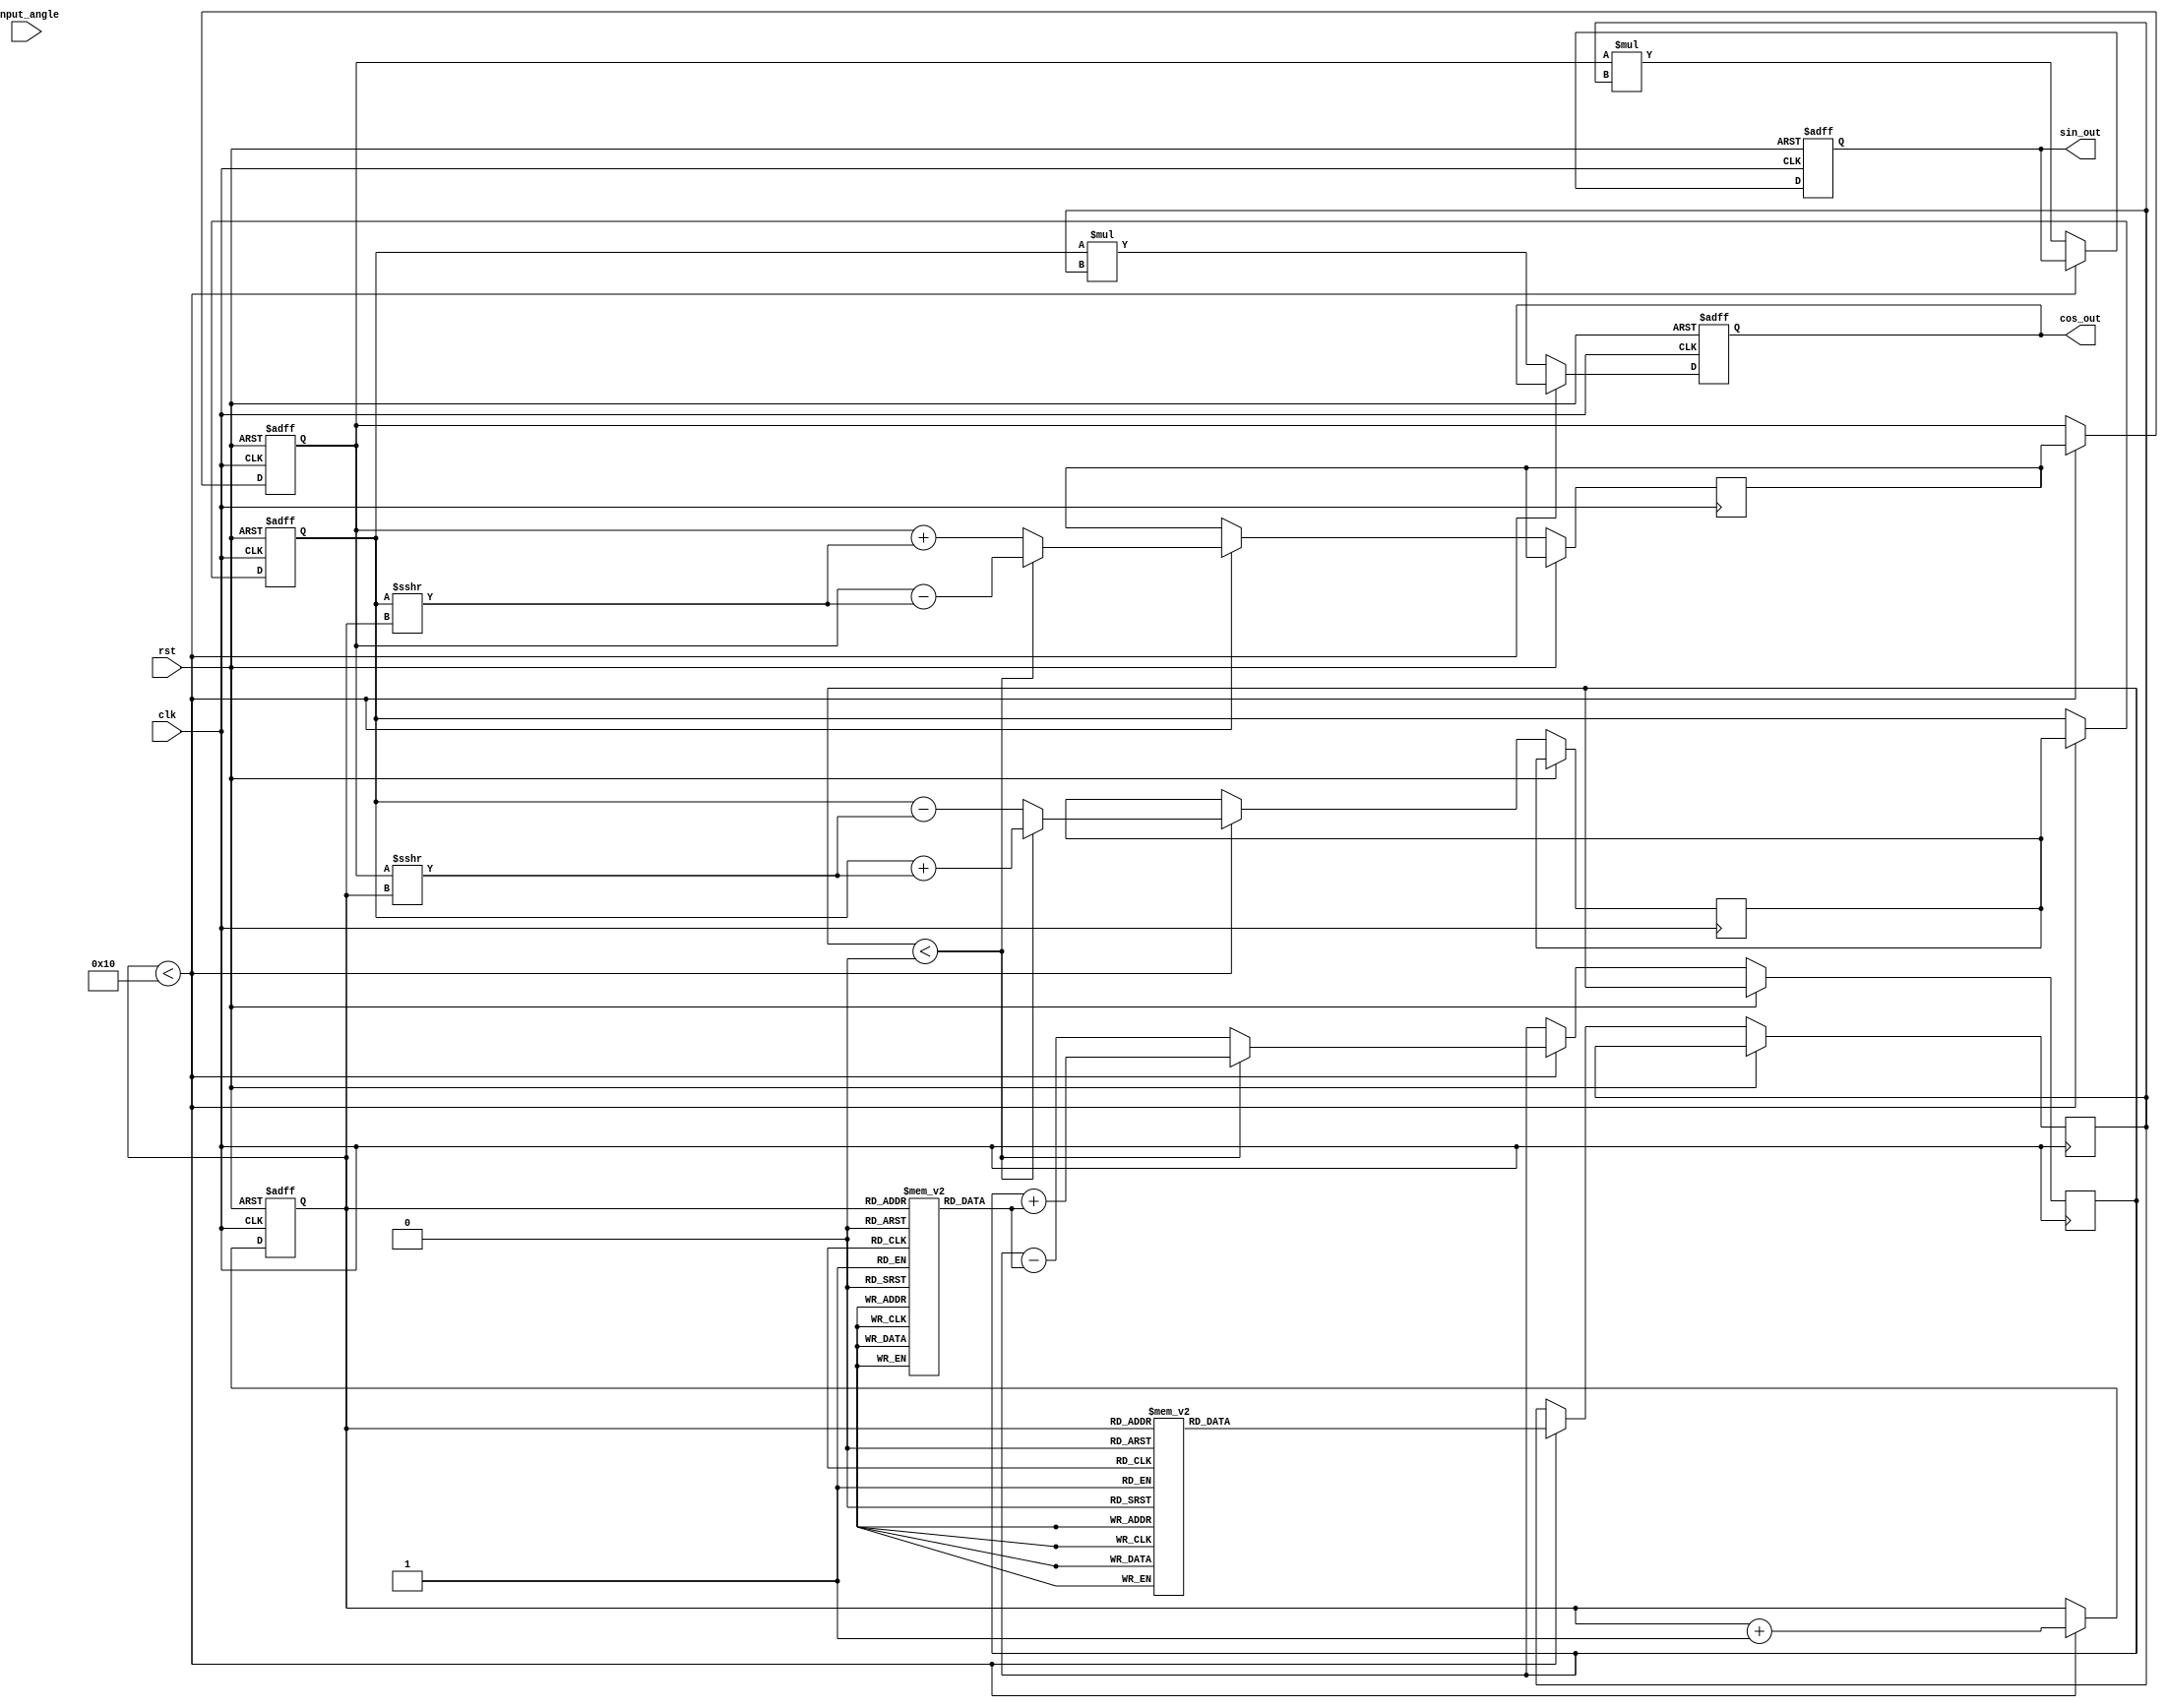
module CORDIC(
    input wire clk,
    input wire rst,
    input wire signed [15:0] input_angle,  // Input angle in fixed-point (Q1.15)
    output reg signed [15:0] cos_out,      // Cosine output
    output reg signed [15:0] sin_out       // Sine output
);

parameter NUM_ITERATIONS = 16;            // Number of iterations
parameter FIXED_POINT_FRACTIONAL_BITS = 15;

reg signed [15:0] x;                       // X coordinate
reg signed [15:0] y;                       // Y coordinate
reg signed [15:0] angle_lut[0:NUM_ITERATIONS-1]; // Angle lookup table
reg signed [15:0] gain_lut[0:NUM_ITERATIONS-1];  // Gain lookup table
reg [3:0] iteration;                       // Iteration counter
reg signed [15:0] angle;                   // Current working angle
reg signed [15:0] gain;                    // Current gain
reg signed [15:0] new_x, new_y;           // New x and y coordinates

// Initialize Lookup Tables (Angle and Gain)
initial begin
    // Precompute values; these values are example entries, can be updated as needed.
    angle_lut[0] = 16'h26DD; // atan(1/2^0)
    angle_lut[1] = 16'h1DAC; // atan(1/2^1)
    angle_lut[2] = 16'h0FAD; // atan(1/2^2)
    angle_lut[3] = 16'h07E4; // atan(1/2^3)
    angle_lut[4] = 16'h03E0; // atan(1/2^4)
    angle_lut[5] = 16'h01FB; // atan(1/2^5)
    angle_lut[6] = 16'h00FE; // atan(1/2^6)
    angle_lut[7] = 16'h007F; // atan(1/2^7)
    
    gain_lut[0] = 16'h0C74; // Gain for iteration 0
    gain_lut[1] = 16'h0B51; // Gain for iteration 1
    gain_lut[2] = 16'h0A28; // Gain for iteration 2
    gain_lut[3] = 16'h091C; // Gain for iteration 3
    gain_lut[4] = 16'h081F; // Gain for iteration 4
    gain_lut[5] = 16'h0725; // Gain for iteration 5
    gain_lut[6] = 16'h0636; // Gain for iteration 6
    gain_lut[7] = 16'h0552; // Gain for iteration 7
    // ... Continue for additional iterations
end

// State Machine for CORDIC Iteration
always @(posedge clk or posedge rst) begin
    if (rst) begin
        iteration <= 0;
        x <= 16'h4000;  // Initial x = 1.0 (Q1.15)
        y <= 16'h0000;  // Initial y = 0.0
        cos_out <= 0;
        sin_out <= 0;
    end else if (iteration < NUM_ITERATIONS) begin
        angle <= input_angle;

        // Determine the direction of rotation
        if (angle < 0) begin
            new_x <= x + (y >>> iteration);
            new_y <= y - (x >>> iteration);
            angle <= angle + angle_lut[iteration];
        end else begin
            new_x <= x - (y >>> iteration);
            new_y <= y + (x >>> iteration);
            angle <= angle - angle_lut[iteration];
        end

        // Update coordinates
        x <= new_x;
        y <= new_y;

        // Update gain (not used for simplification)
        gain <= gain_lut[iteration];

        // Increment the iteration count
        iteration <= iteration + 1;

    end else begin
        // Final outputs after completing the iterations
        cos_out <= x * gain; // Scale by gain
        sin_out <= y * gain; // Scale by gain
    end
end

endmodule